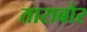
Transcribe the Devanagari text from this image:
ताराबोर